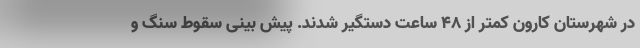
در شهرستان کارون کمتر از ۴۸ ساعت دستگیر شدند. پیش بینی سقوط سنگ و